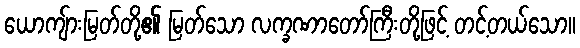
ယောကျ်ားမြတ်တို့၏ မြတ်သော လက္ခဏာတော်ကြီးတို့ဖြင့် တင့်တယ်သော။